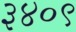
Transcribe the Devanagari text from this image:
३४०९